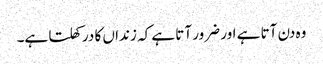
وہ دن آتا ہے اور ضرور آتا ہے کہ زنداں کا در کھلتا ہے۔